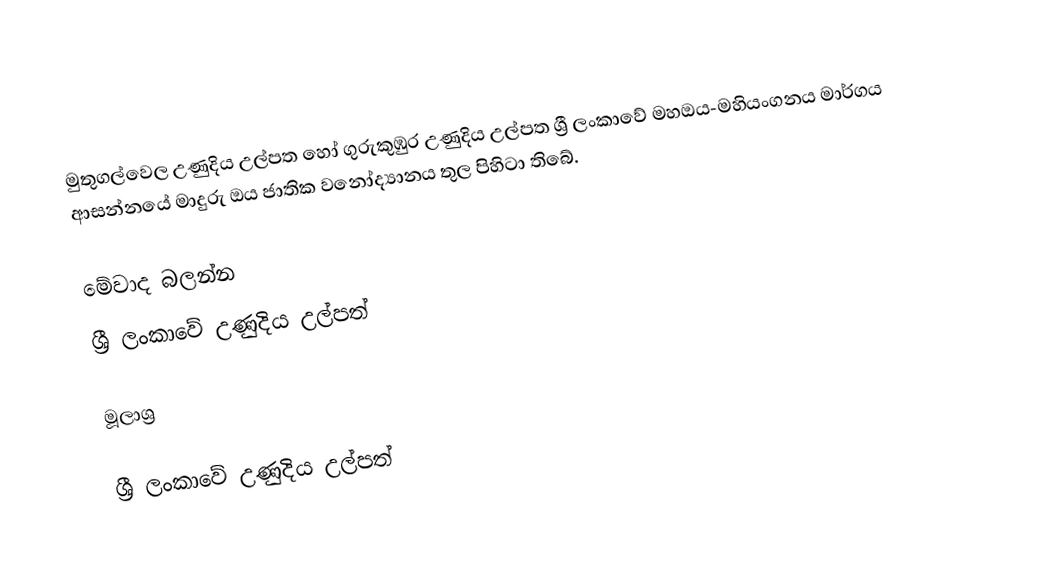
මුතුගල්වෙල උණුදිය උල්පත හෝ ගුරුකුඹුර උණුදිය උල්පත ශ්‍රී ලංකාවේ මහඔය-මහියංගනය මාර්ගය ආසන්නයේ මාදුරු ඔය ජාතික වනෝද්‍යානය තුල පිහිටා තිබේ.

මේවාද බලන්න
 ශ්‍රී ලංකාවේ උණුදිය උල්පත්

මූලාශ්‍ර

ශ්‍රී ලංකාවේ උණුදිය උල්පත්